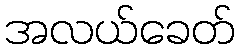
အလယ်ခေတ်